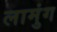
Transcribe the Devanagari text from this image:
लामुंग